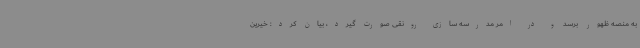
به منصه ظهور برسد و در امر مدرسه سازی رونقی صورت گیرد، بیان کرد: خیرین